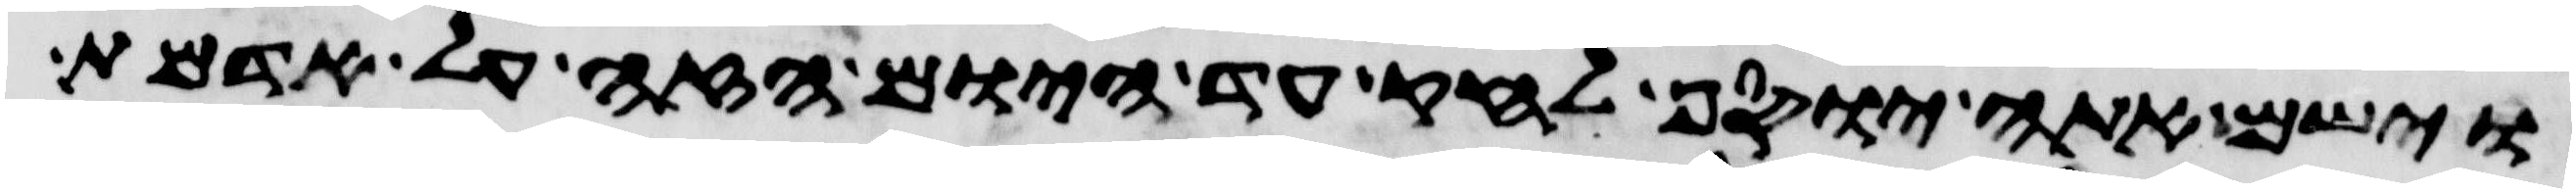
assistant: וישם אתה יוסף לחק עד היום הזה על אדמת